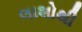
લાશોથી